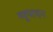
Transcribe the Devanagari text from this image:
व्युपादन